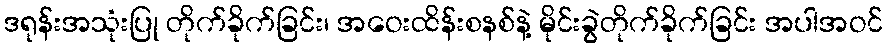
ဒရုန်းအသုံးပြု တိုက်ခိုက်ခြင်း၊ အဝေးထိန်းစနစ်နဲ့ မိုင်းခွဲတိုက်ခိုက်ခြင်း အပါအဝင်